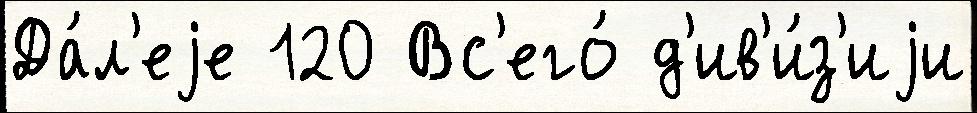
Да́л'еjе 120 Вс'его́ д'ив'и́з'иjи